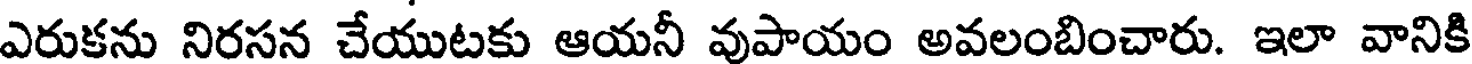
ఎరుకను నిరసన చేయుటకు ఆయనీ వుపాయం అవలంబించారు. ఇలా వానికి